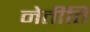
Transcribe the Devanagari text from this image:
नेतीति